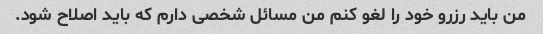
من باید رزرو خود را لغو کنم من مسائل شخصی دارم که باید اصلاح شود.